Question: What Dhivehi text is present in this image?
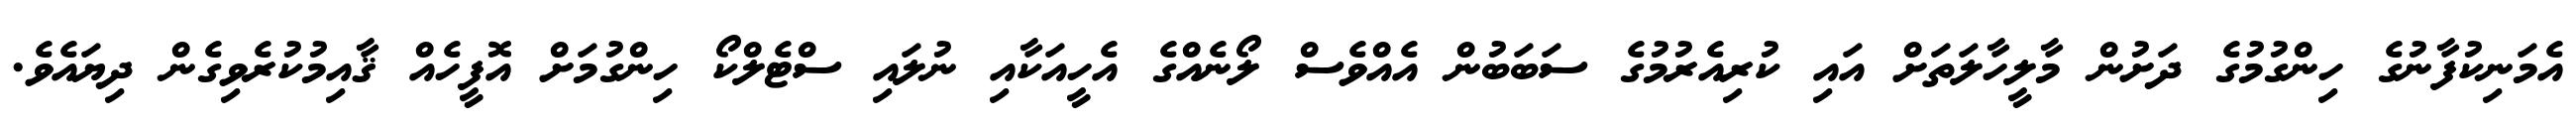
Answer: އެމަނިކުފާނުގެ ހިންގުމުގެ ދަށުން މާލީހާލަތަށް އައި ކުރިއެރުމުގެ ސަބަބުން އެއްވެސް ލޯނެއްގެ އެހީއަކާއި ނުލައި ސްޓެލްކޯ ހިންގުމަށް އޮފީހެއް ޤާއިމުކުރެވިގެން ދިޔައެވެ.